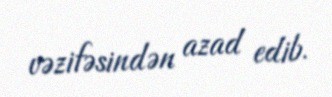
vəzifəsindən azad edib.